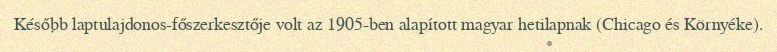
Később laptulajdonos-főszerkesztője volt az 1905-ben alapított magyar hetilapnak (Chicago és Környéke).